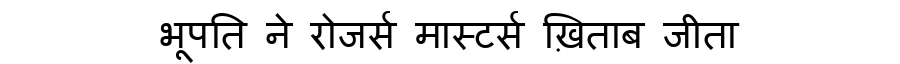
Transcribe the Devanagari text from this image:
भूपति ने रोजर्स मास्टर्स ख़िताब जीता